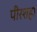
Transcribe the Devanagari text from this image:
पीरशहा